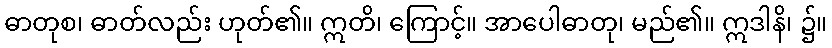
ဓာတုစ၊ ဓာတ်လည်း ဟုတ်၏။ ဣတိ၊ ကြောင့်။ အာပေါဓာတု၊ မည်၏။ ဣဒါနိ၊ ၌။